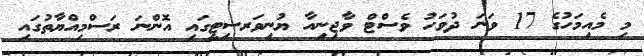
މި މެއިމަހުގެ 17 ވަނަ ދުވަހު ވެސްޓް ވާޖިނިއާ ޔުނިވަރސިޓީގައި އޮންނަ ރަސްމިއްޔާތުގައި